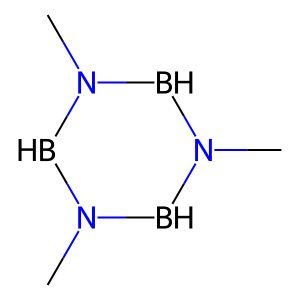
SMILES: CN1BN(C)BN(C)B1
Inhibits HIV replication: No